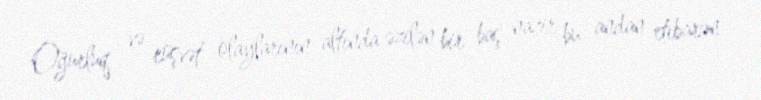
Oğurluq və rüşvət olaylarının altında əzilən bir baş nazir bu andan etibarən